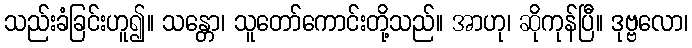
သည်းခံခြင်းဟူ၍။ သန္တော၊ သူတော်ကောင်းတို့သည်။ အာဟု၊ ဆိုကုန်ပြီ။ ဒုဗ္ဗလော၊